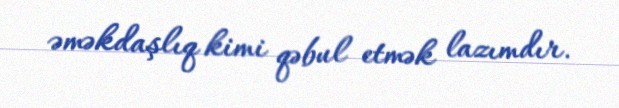
əməkdaşlıq kimi qəbul etmək lazımdır.